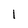
Character: 1